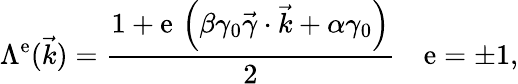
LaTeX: \Lambda^{\mathrm{e}}(\vec{{k}})=\frac{{1+\mathrm{e}\, \left(\beta\gamma_{0}\vec{{\gamma}}\cdot{\vec{{k}}}+\alpha\gamma_{0}\right)}}{{2}}~~~~\mathrm{e}=\pm1,